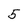
Character: 5